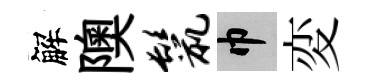
解隩鬣巾変